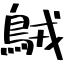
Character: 𪀚